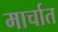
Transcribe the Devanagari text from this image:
मार्चात